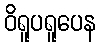
ဝိရူပရူပေန